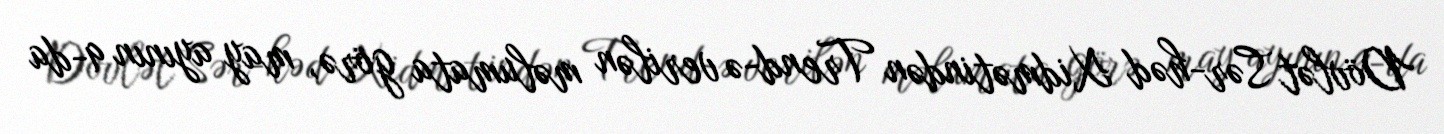
Dövlət Sər­həd Xidmətindən Trend-ə verilən məlumata görə, may ayının 9-da